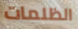
الظلمات